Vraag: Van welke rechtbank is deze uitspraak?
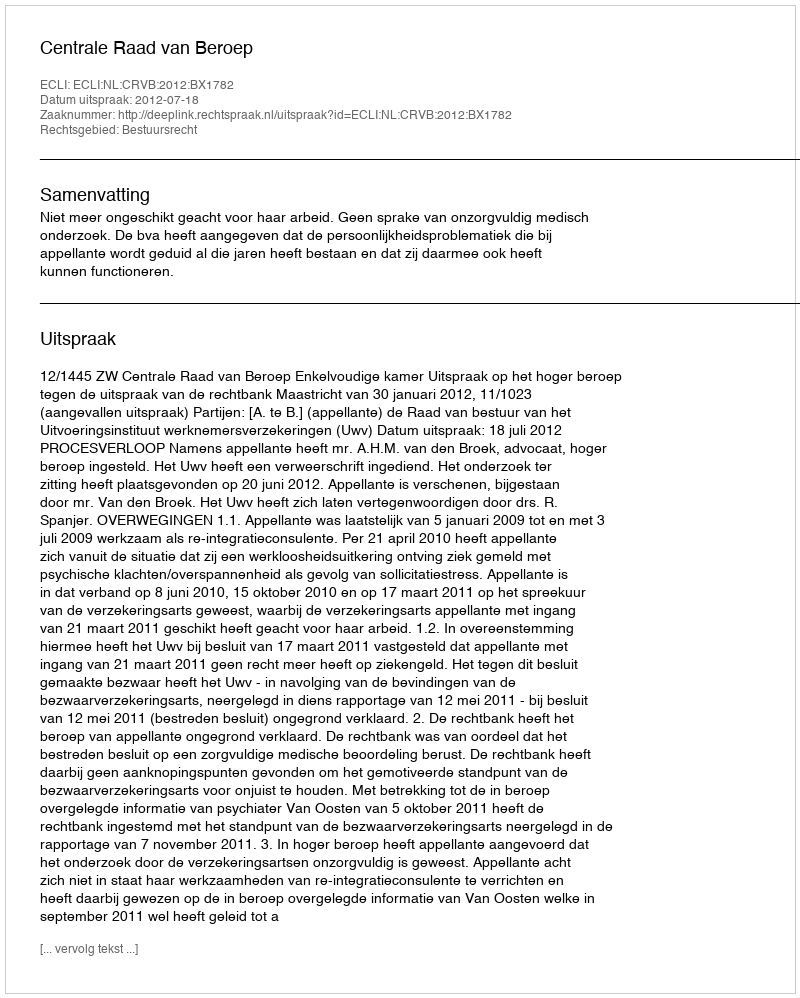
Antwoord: Centrale Raad van Beroep